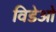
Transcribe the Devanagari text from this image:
विडेओ